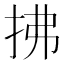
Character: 拂